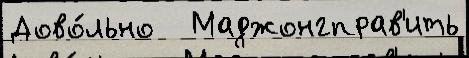
Дово́льно   Маджонгправ'ить